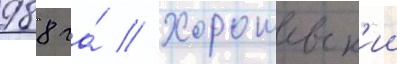
988 га́ // Хорошевск'ии